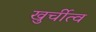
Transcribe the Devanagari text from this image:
खुर्चीत्व